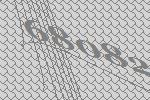
68082